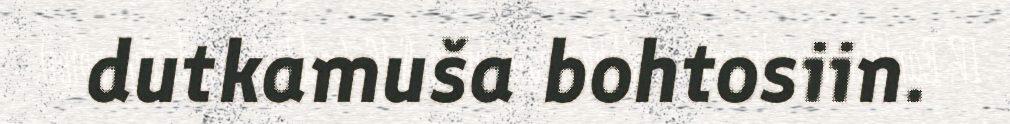
dutkamuša bohtosiin.